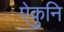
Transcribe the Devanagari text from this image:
ऐकुनि